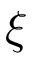
\xi